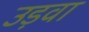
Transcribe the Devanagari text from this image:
उड़वा